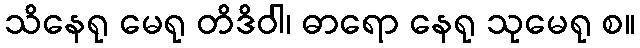
သိနေရု မေရု တိဒိဝါ၊ ဓာရော နေရု သုမေရု စ။